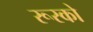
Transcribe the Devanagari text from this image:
रूस्को